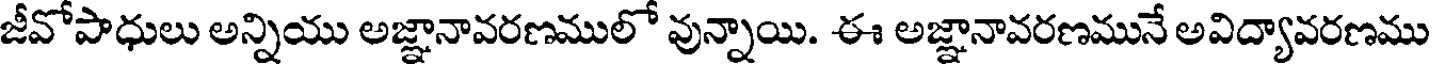
జీవోపాధులు అన్నియు అజ్ఞానావరణములో వున్నాయి. ఈ అజ్ఞానావరణమునే అవిద్యావరణము